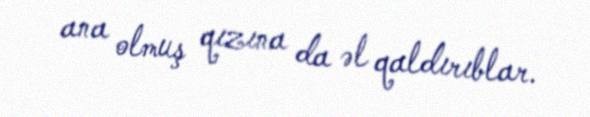
ana olmuş qızına da əl qaldırıblar.